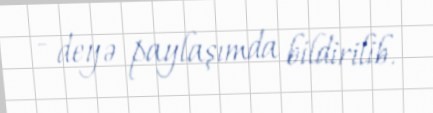
- deyə paylaşımda bildirilib.